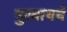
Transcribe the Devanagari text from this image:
पुरवायचे